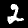
Digit: 2